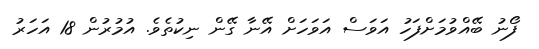
ފޯނު ބޭއްވުމަށްފަހު އަވަސް އަވަހަށް އޭނާ ގޭން ނިކުތެވެ. އުމުުރުން 18 އަހަރު